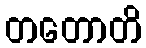
တတောတိ